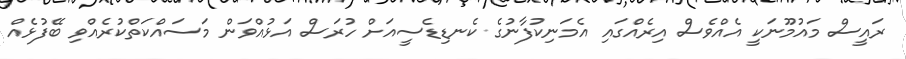
ރައީސް މައުމޫނަކީ އެއްވެސް އިރެއްގައި އެމަނިކުފާނުގެ ކެނޑިޑެސީއަށް ހުރަސް އަޅުއްވަން މަސައްކަތްކުރެއްވި ބޭފުޅެއް